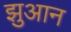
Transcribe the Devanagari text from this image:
झुआन